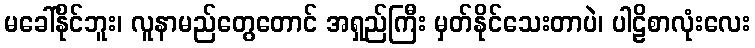
မခေါ်နိုင်ဘူး၊ လူနာမည်တွေတောင် အရှည်ကြီး မှတ်နိုင်သေးတာပဲ၊ ပါဠိစာလုံးလေး